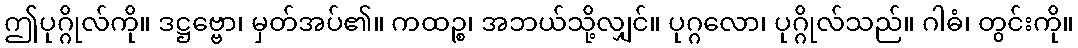
ဤပုဂ္ဂိုလ်ကို။ ဒဋ္ဌဗ္ဗော၊ မှတ်အပ်၏။ ကထဉ္စ၊ အဘယ်သို့လျှင်။ ပုဂ္ဂလော၊ ပုဂ္ဂိုလ်သည်။ ဂါဓံ၊ တွင်းကို။